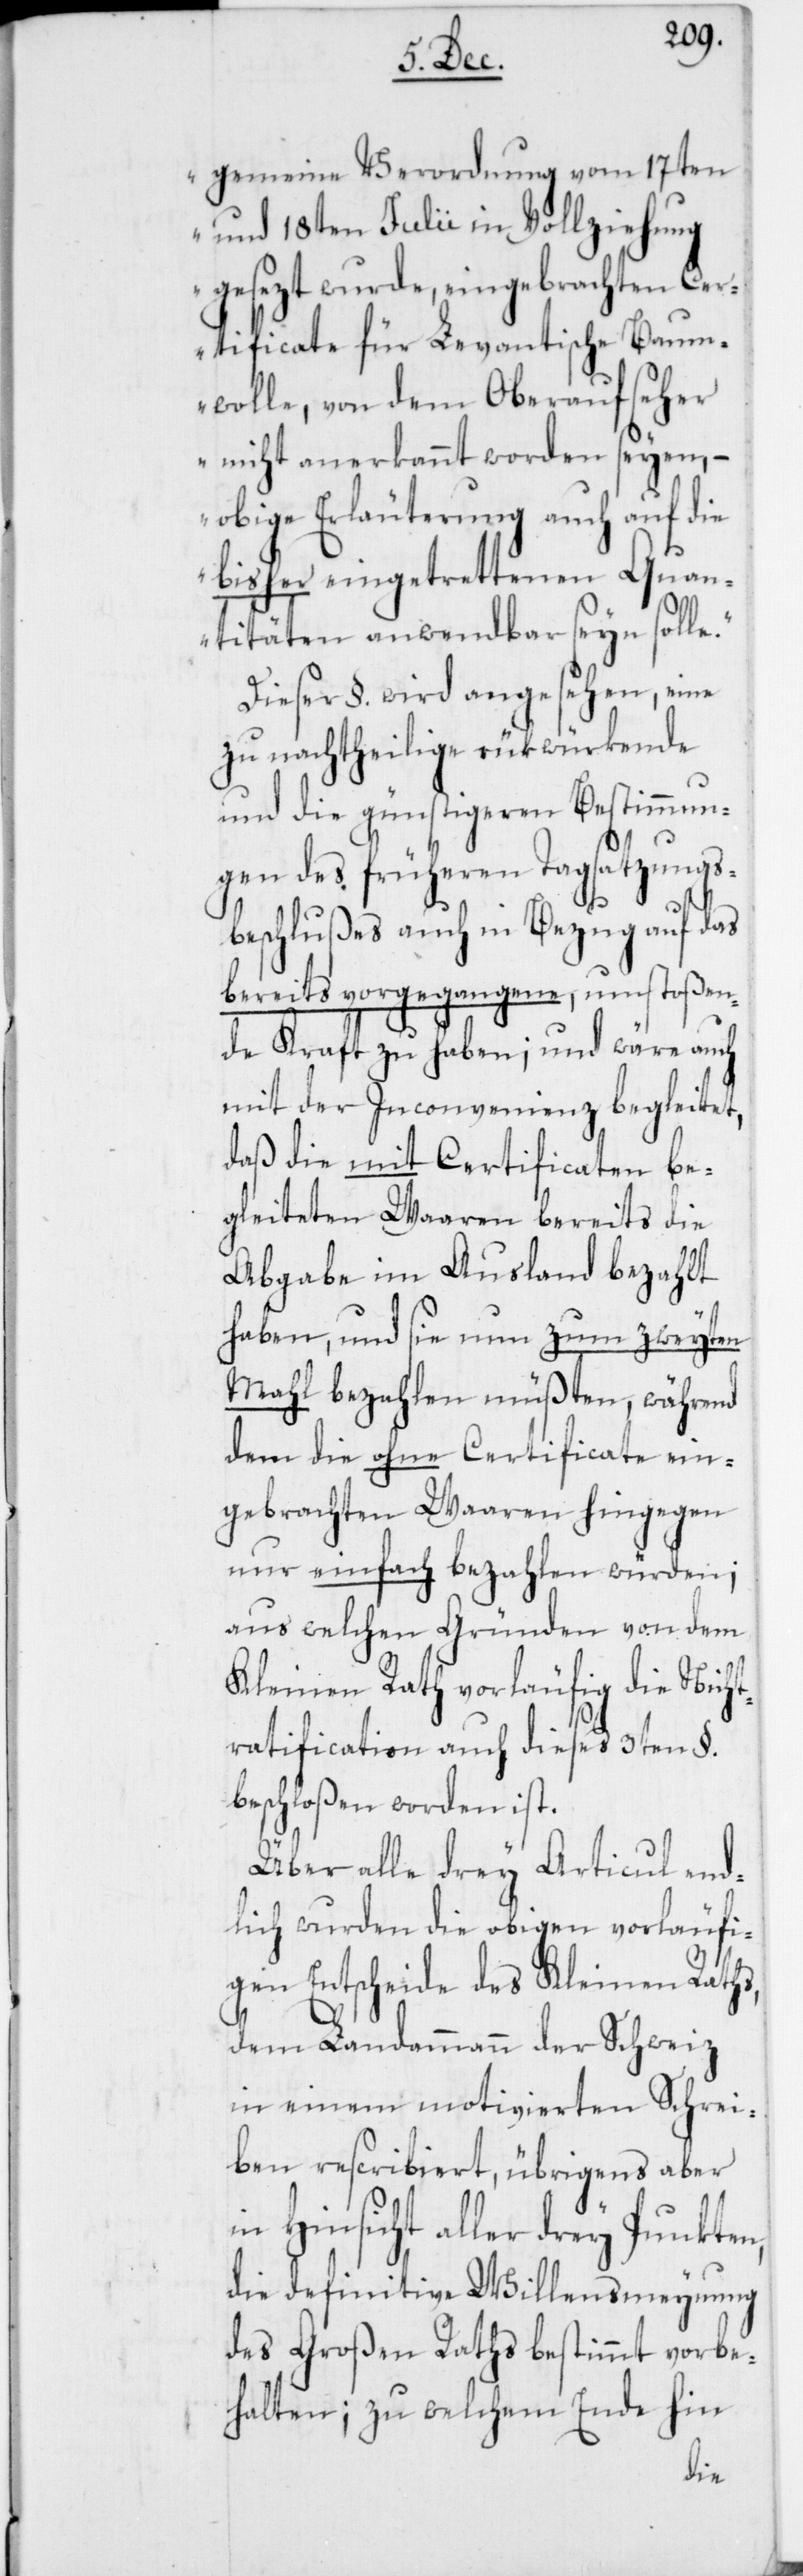
gemeine Verordnung vom 17ten
und 18ten Julii in Vollziehung
gesezt wurde, eingebrachten Cer¬
tificate für Levantische Baum¬
wolle, von dem Oberaufseher
nicht anerkannt worden seyen, –
obige Erläuterung auch auf die
bisher eingetrettenen Quan¬
titäten anwendbar seyn solle.“
Dieser §. wird angesehen, eine
zu nachtheilige rükwürkende
und die günstigeren Bestimmun¬
gen des früheren Tagsatzungs¬
beschlußes auch in Bezug auf das
bereits vorgegangene, umstoßen¬
de Kraft zu haben; und wäre auch
mit der Inconvenienz begleitet,
daß die mit Certificaten be¬
gleiteten Waaren bereits die
Abgabe im Ausland bezahlt
haben, und sie nun zum zweyten
Mahl bezahlen müßten, während
dem die ohne Certificate ein¬
gebrachten Waaren hingegen
nur einfach bezahlen würden;
aus welchen Gründen von dem
Kleinen Rath vorläufig die Nicht¬
ratification auch dieses 3ten §.
beschloßen worden ist.
Über alle drey Articul end¬
lich wurden die obigen vorläufi¬
gen Entscheide des Kleinen Raths,
dem Landammann der Schweiz
in einem motivierten Schrei¬
ben rescribiert, übrigens aber
in Hinsicht aller drey Punkten,
die definitive Willensmeynung
des Großen Raths bestimmt vorbe¬
halten; zu welchem Ende hin